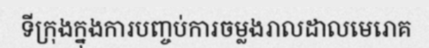
ទីក្រុងក្នុងការបញ្ចប់ការចម្លងរាលដាលមេរោគ